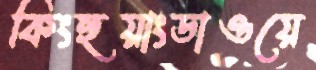
কিংহুয়াংডাওয়ে